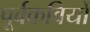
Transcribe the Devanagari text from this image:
पूर्वकवियों